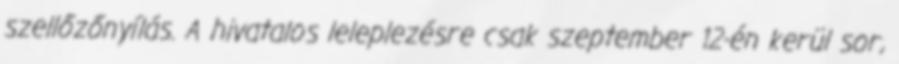
szellőzőnyílás. A hivatalos leleplezésre csak szeptember 12-én kerül sor,